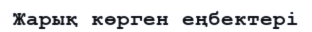
Жарық көрген еңбектері